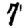
Digit: 7